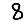
Digit: 8